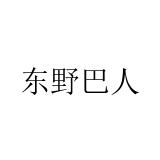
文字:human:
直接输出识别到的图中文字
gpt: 东野巴人